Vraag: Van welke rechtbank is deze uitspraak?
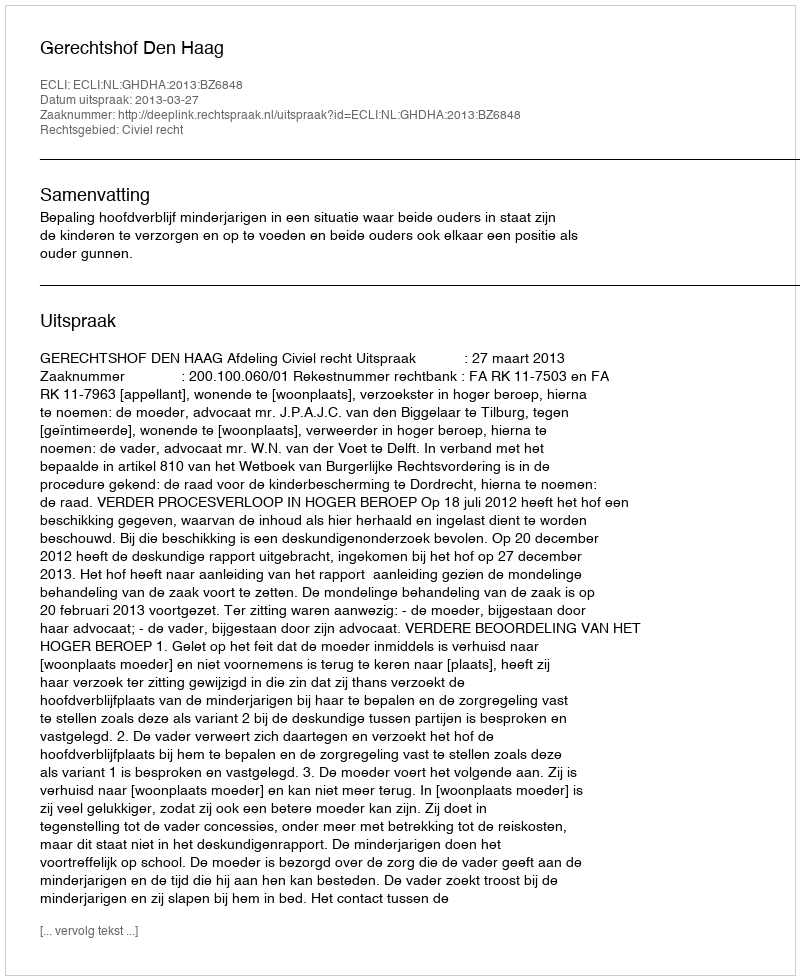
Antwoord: Gerechtshof Den Haag